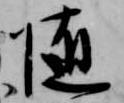
随